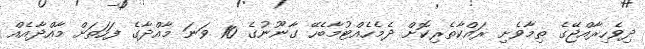
ދިވެހިރާއްޖޭގެ ތިމާވެށި ރައްކާތެރިކޮށް ދެމެހެއްޓުމާބެހޭ ގާނޫނުގެ 10 ވަނަ މާއްދާގެ ފަހަތަށް މާއްދާއެއް